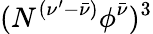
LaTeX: (N^{(\nu^{\prime}-\bar{\nu})}\phi^{\bar{\nu}})^{3}